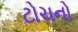
ટોચનો